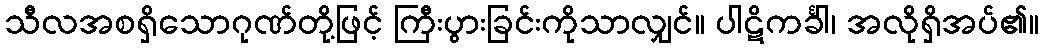
သီလအစရှိသောဂုဏ်တို့ဖြင့် ကြီးပွားခြင်းကိုသာလျှင်။ ပါဋိကင်္ခါ၊ အလိုရှိအပ်၏။